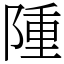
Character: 隀